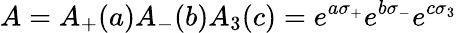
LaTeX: A=A_{+}(a)A_{-}(b)A_{3}(c)=e^{a\sigma_{+}}e^{b\sigma_{-}}e^{c\sigma_{3}}